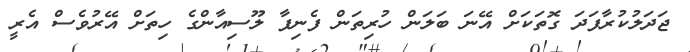
ޖަދަލުކުރާފަދަ ގޮތަކަށް އޭނަ ބަލަން ހުރިތަން ފެނިފާ ލޫސިއާންގެ ހިތަށް އޭރުވެސް އެރީ